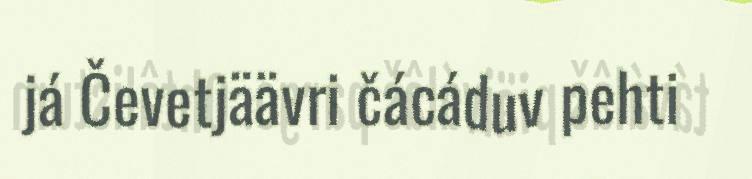
já Čevetjäävri čácáduv pehti